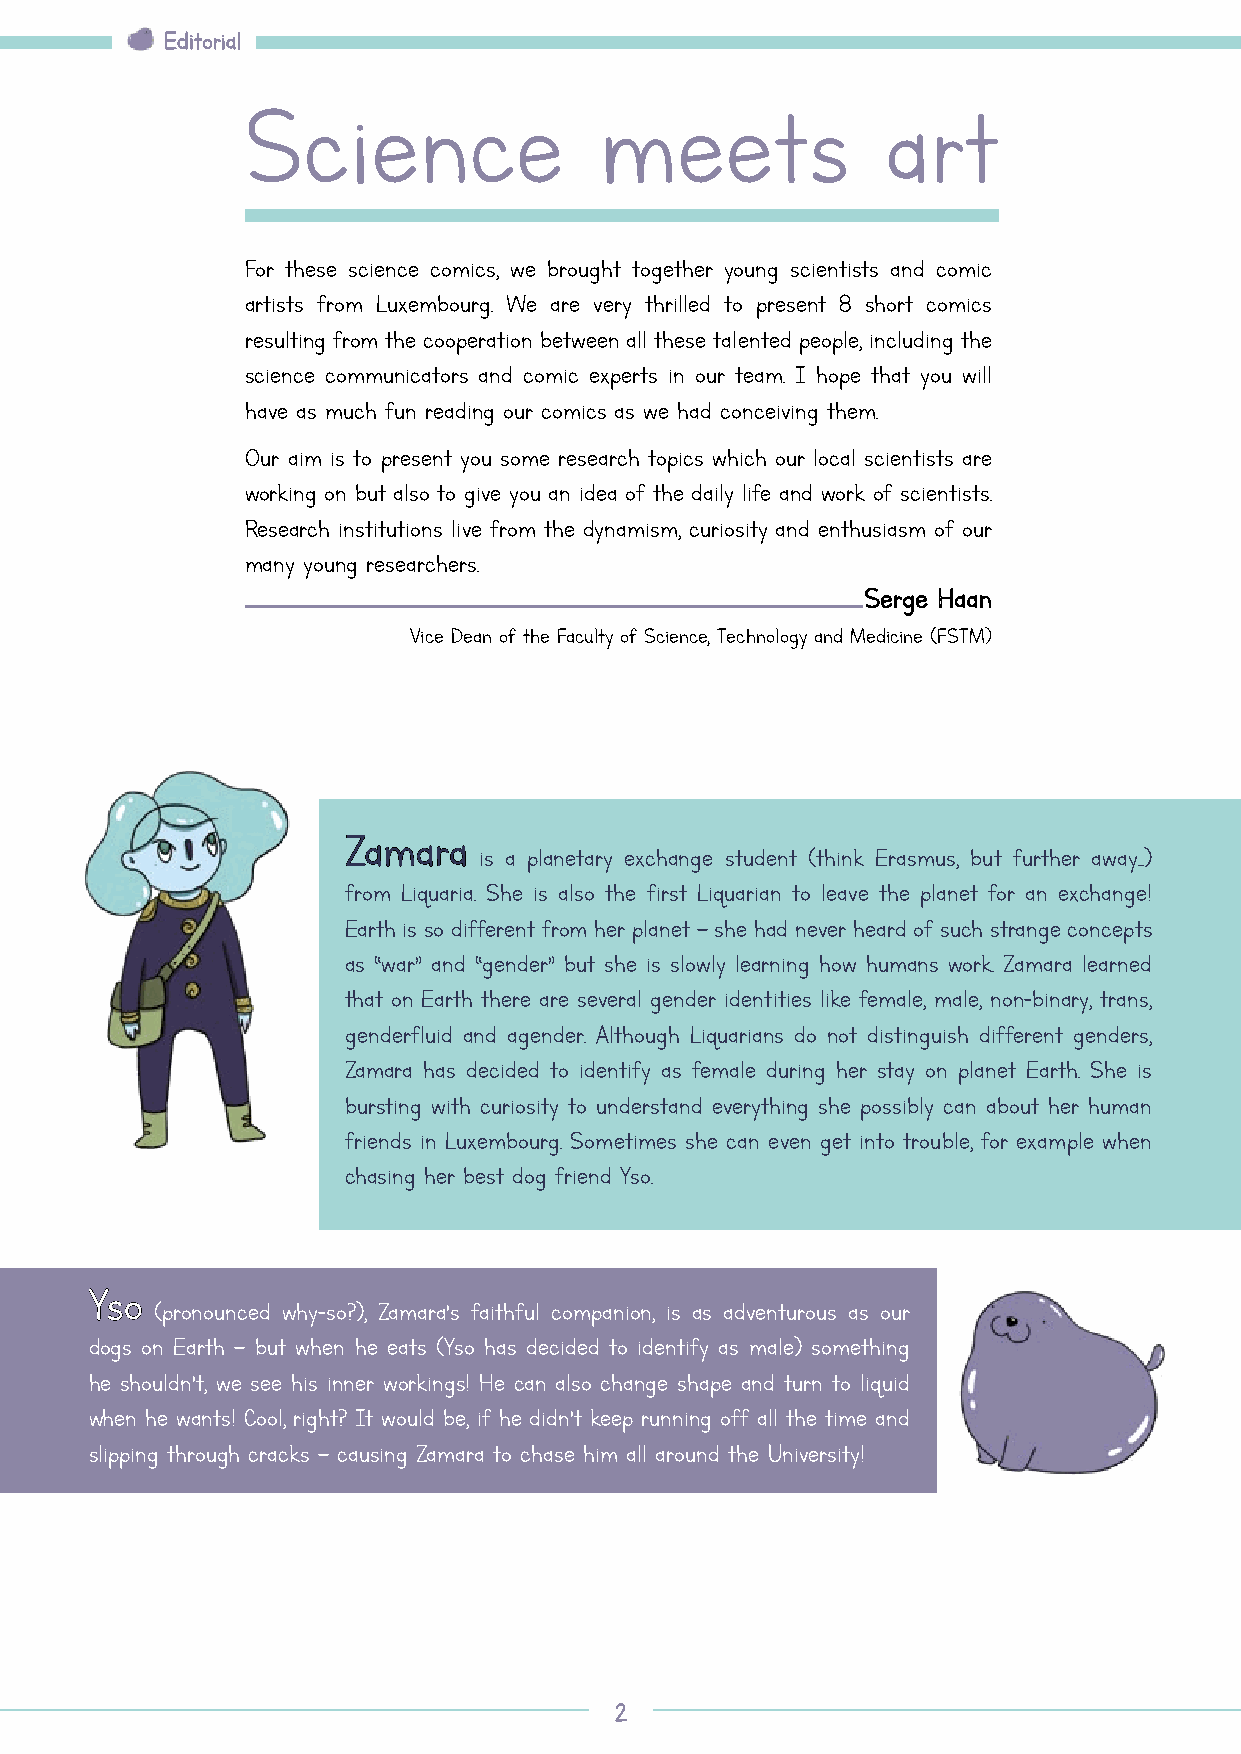
EEddiittoorriiaall
 Science                 meets              art
 For these science comics, we brought together young scientists and comic
 artists from Luxembourg. We are very thrilled to present 8 short comics
 resulting from the cooperation between all these talented people, including the
 science communicators and comic experts in our team. I hope that you will
 have as much fun reading our comics as we had conceiving them.
 Our aim is to present you some research topics which our local scientists are
 working on but also to give you an idea of the daily life and work of scientists.
 Research institutions live from the dynamism, curiosity and enthusiasm of our
 many young researchers.
 SSeerrggee HHaaaann
 Vice Dean of the Faculty of Science, Technology and Medicine (FSTM)
 ZZaammaarraa
 is a planetary exchange student (think Erasmus, but further away...)
 from Liquaria. She is also the first Liquarian to leave the planet for an exchange!
 Earth is so different from her planet – she had never heard of such strange concepts
 as “war” and “gender” but she is slowly learning how humans work. Zamara learned
 that on Earth there are several gender identities like female, male, non-binary, trans,
 genderfluid and agender. Although Liquarians do not distinguish different genders,
 Zamara has decided to identify as female during her stay on planet Earth. She is
 bursting with curiosity to understand everything she possibly can about her human
 friends in Luxembourg. Sometimes she can even get into trouble, for example when
 chasing her best dog friend Yso.
 YYssoo
 (pronounced why-so?), Zamara’s faithful companion, is as adventurous as our
 dogs on Earth – but when he eats (Yso has decided to identify as male) something
 he shouldn’t, we see his inner workings! He can also change shape and turn to liquid
 when he wants! Cool, right? It would be, if he didn’t keep running off all the time and
 slipping through cracks – causing Zamara to chase him all around the University!
 22